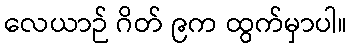
လေယာဉ် ဂိတ် ၉က ထွက်မှာပါ။